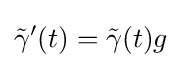
{\tilde {\gamma }}'(t)={\tilde {\gamma }}(t)g